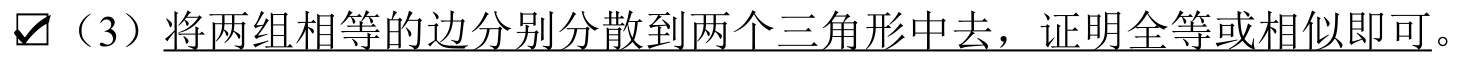
$\checkbox$（3）将两组相等的边分别分散到两个三角形中去，证明全等或相似即可。